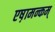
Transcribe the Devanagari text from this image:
एष़ामन्कम्